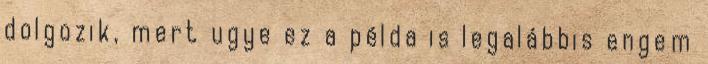
dolgozik, mert ugye ez a példa is legalábbis engem